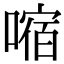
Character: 𫫠